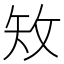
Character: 𥎪